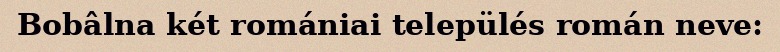
Bobâlna két romániai település román neve: